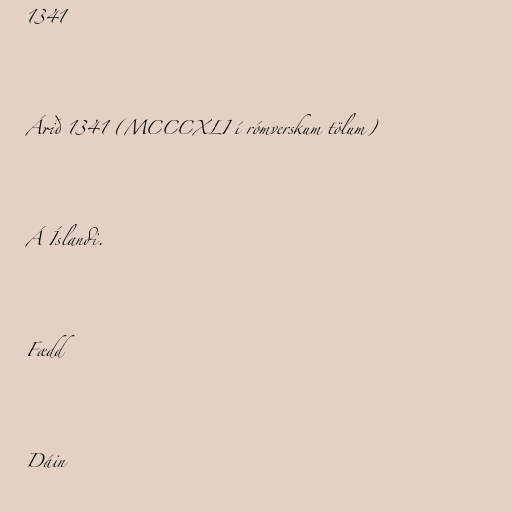
1341

Árið 1341 (MCCCXLI í rómverskum tölum)

Á Íslandi.

Fædd

Dáin